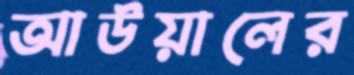
আউয়ালের